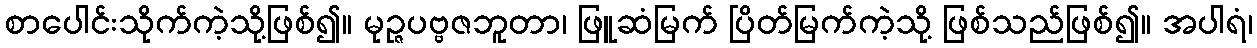
စာပေါင်းသိုက်ကဲ့သို့ဖြစ်၍။ မုဉ္ဇပဗ္ဗဇဘူတာ၊ ဖြူဆံမြက် ပြိတ်မြက်ကဲ့သို့ ဖြစ်သည်ဖြစ်၍။ အပါရံ၊